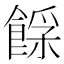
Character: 𩜿